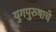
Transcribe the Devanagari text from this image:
युगपुरुषाचे